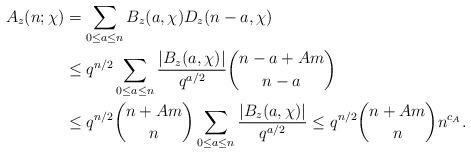
LaTeX: \begin{align*} A_z(n;\chi) &= \sum_{0\leq a \leq n}B_z(a, \chi) D_z(n-a, \chi) \\&\leq q^{n/2}\sum_{0\leq a \leq n}\frac{|B_z(a,\chi)|}{q^{a/2}}\binom{n-a + Am}{n-a} \\&\leq q^{n/2} \binom{n + Am}{n} \sum_{0\leq a \leq n} \frac{|B_z(a,\chi)|}{q^{a/2}} \leq q^{n/2} \binom{n + Am}{n} n^{c_A}.\end{align*}